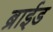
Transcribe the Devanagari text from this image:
ब्राईड